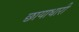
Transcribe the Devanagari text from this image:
छायाधारी